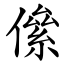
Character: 㒍